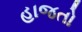
હાજતો